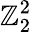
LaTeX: \mathbb{Z}_{2}^{2}